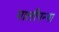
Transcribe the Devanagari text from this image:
मालीपन्‍ना